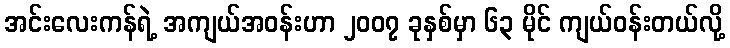
အင်းလေးကန်ရဲ့ အကျယ်အဝန်းဟာ ၂၀၀၇ ခုနှစ်မှာ ၆၃ မိုင် ကျယ်ဝန်းတယ်လို့